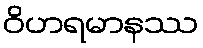
ဝိဟရမာနဿ